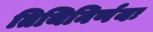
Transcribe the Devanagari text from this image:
तिथिनिर्णयः